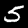
Digit: 5